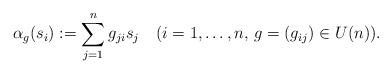
LaTeX: \begin{align*}\alpha_g(s_i):=\sum_{j=1}^{n}g_{ji}s_{j}\quad(i=1,\ldots,n,\,g=(g_{ij})\in U(n)).\end{align*}